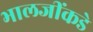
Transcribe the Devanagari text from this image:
भालजींकडे